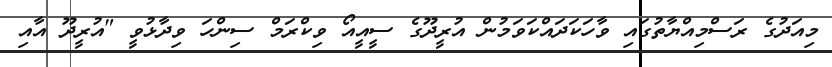
މިއަދުގެ ރަސްމިއްޔާތުގައި ވާހަކަދައްކަވަމުން އުރީދޫގެ ސީއީއޯ ވިކްރަމް ސިންހަ ވިދާޅުވީ "އުރީދޫ އާއި